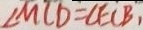
\angle M C D = \angle E C B ,